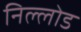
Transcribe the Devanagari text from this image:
निल्लोड